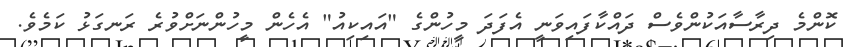
ކޮންމެ ދިރާސާއަކުންވެސް ދައްކާފައިވަނީ އެފަދަ މީހުންގެ "އައިކިއު" އެހެން މީހުންނަށްވުރެ ރަނގަޅު ކަމެވެ.